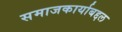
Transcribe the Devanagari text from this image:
समाजकार्याबद्दल